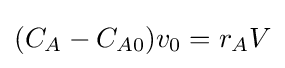
(C_{A}-C_{A0})v_{0}=r_{A}V